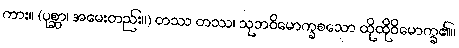
ကား။ (ပုစ္ဆာ၊ အမေးတည်း။) တဿ တဿ၊ သုဘဝိမောက္ခစသော ထိုထိုဝိမောက္ခ၏။